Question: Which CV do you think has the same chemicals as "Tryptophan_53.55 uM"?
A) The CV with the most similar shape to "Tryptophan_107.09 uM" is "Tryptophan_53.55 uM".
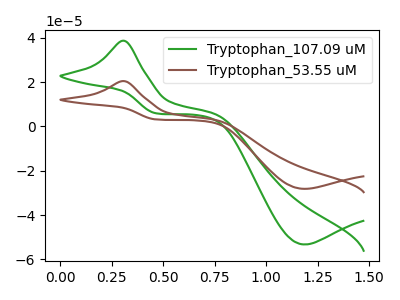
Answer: <think>The green curve "Tryptophan_107.09 uM" has an anodic peak at (0.30V, 38.60uA) and a cathodic peak at (1.20V, -53.25uA). The brown curve "Tryptophan_53.55 uM" has an anodic peak at (0.30V, 20.40uA) and a cathodic peak at (1.20V, -28.15uA).
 All the peaks in "Tryptophan_107.09 uM" have a peak in "Tryptophan_53.55 uM" at the same potential. Every peak in "Tryptophan_107.09 uM" is higher than every peak in "Tryptophan_53.55 uM".</think>
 <answer>A) The CV with the most similar shape to "Tryptophan_107.09 uM" is "Tryptophan_53.55 uM".</answer>
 <eval>A</eval>